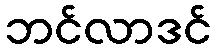
ဘင်လာဒင်